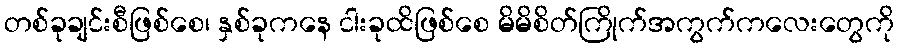
တစ်ခုချင်းစီဖြစ်စေ၊ နှစ်ခုကနေ ငါးခုထိဖြစ်စေ မိမိစိတ်ကြိုက်အကွက်ကလေးတွေကို